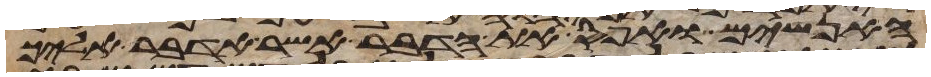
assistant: האנשים ואפס את הדבר אשר אדבר אליך